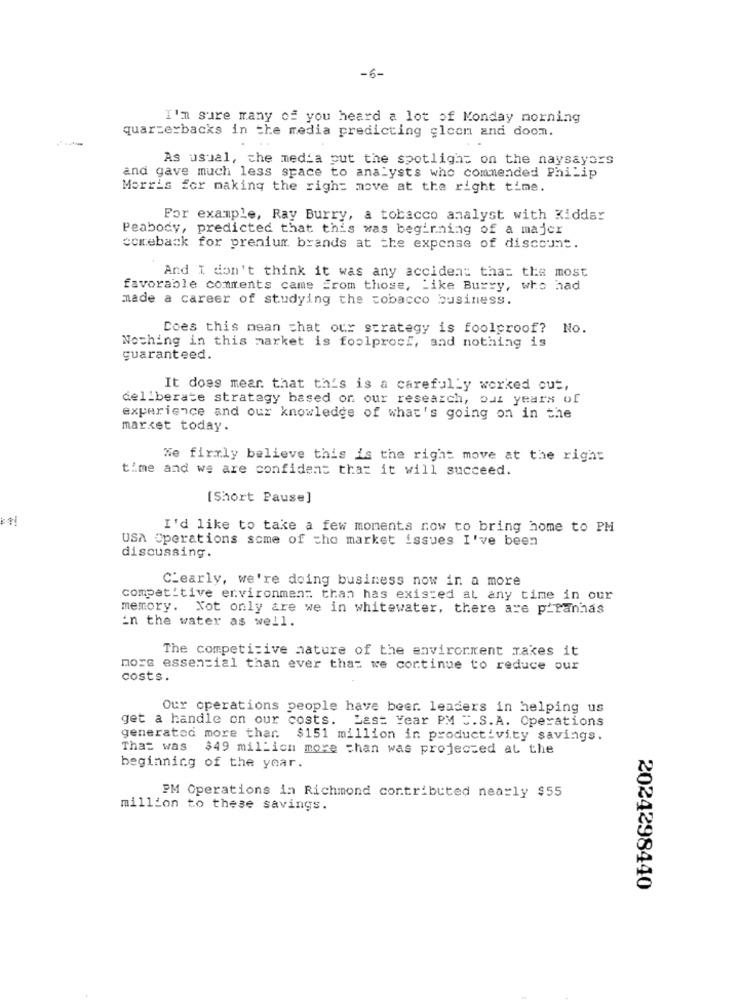
-6-
I'm sure many of you heard a lot of Monday morning
quarterbacks in the media predicting glcon and doom.
As usual, the media put the spotlight on the naysayers
and gave much less space to analysts who commended Philip
Morris for making the right move at the right time.
For example, Ray Burry, a tobacco analyst with Kidder
Peabody, predicted that this was beginning of a majer
comeback for prenium brands at the expense of discount.
And I don't think it was any accident that the most
favorable comments came From those, Like Burry, who had
made a career of studying the tobacco business.
Does this mean that our strategy is foolproof? No.
Nothing in this market is foolproc !, and nothing is
guaranteed.
It does mear that th's is a carefully worked out,
deliberate strategy based on our research, out years of
experience and our knowledge of what's going on in the
market today.
Me firmly believe this is the right move at the right
time and we are confident that it will succeed.
[Short Pause]
I'd like to take a few moments now to bring home to PM
USA Operations some of cho market issues I've been
discussing.
Clearly, we're doing business now in a more
competitive environment than has existed at any time in our
memory. Not only are we in whitewater, there are piranhas
in the water as well.
The competitive nature of the environment makes it
more essencial than ever that we continue to reduce our
costs.
Our operations people have beer. leaders in helping us
get a handle on our costs. Last Year PM X.S.A. Operations
generated more thar. $151 million in productivity savings.
That was $49 million more chan was projected at the
beginning of the year.
PM Operations in Richmond contributed nearly $55
million to these savings.
2024298440